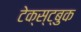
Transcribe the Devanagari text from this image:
टेक्स्ट्बुक